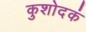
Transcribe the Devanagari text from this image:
कुशोदकं